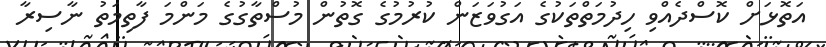
އަތޮޅަށް ކޮސްދެއްވި ހިދުމަތްތަކުގެ އަގުވަޒަން ކުރުމުގެ ގޮތުން މުސްތާގުގެ މަންމަ ފާތިމަތު ނާސިރާ